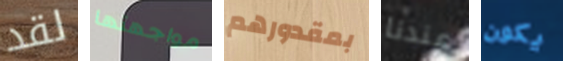
لقد مواجهتها بمقدورهم عندنا يكون